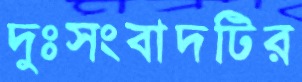
দুঃসংবাদটির